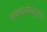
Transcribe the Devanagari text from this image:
एक्सस्पेक्ट्रम